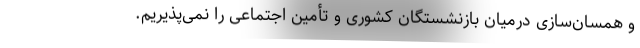
و همسان‌سازی درمیان بازنشستگان کشوری و تأمین اجتماعی را نمی‌پذیریم.